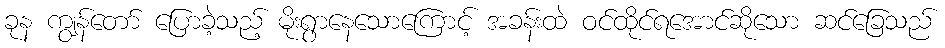
ခုန ကျွန်တော် ပြောခဲ့သည့် မိုးရွာနေသောကြောင့် အခန်းထဲ ဝင်ထိုင်ရအောင်ဆိုသော ဆင်ခြေသည်